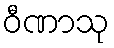
ဝီဏာသု